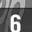
Digit: 6